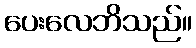
ပေးလေဘိသည်။